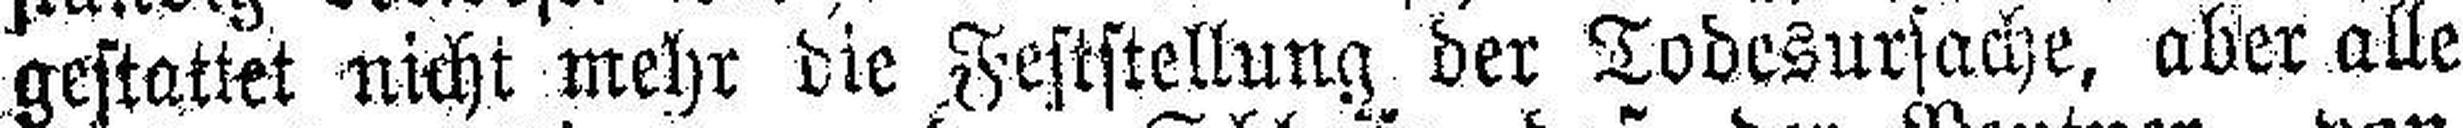
gestattet nicht mehr die Feststellung der Todesursache, aber alle